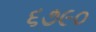
૬૭૯૦